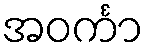
အဝင်္ကာ